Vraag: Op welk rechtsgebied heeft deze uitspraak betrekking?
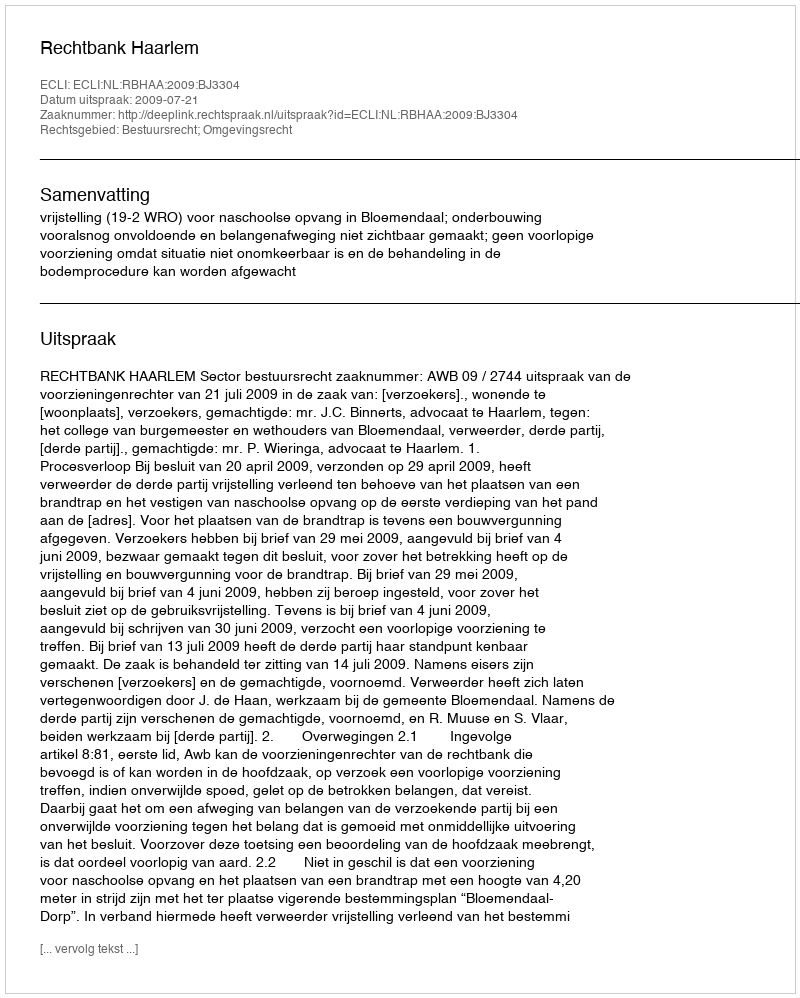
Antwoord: Bestuursrecht; Omgevingsrecht